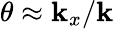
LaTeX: \theta\approx\mathbf{k}_{x}/\mathbf{k}